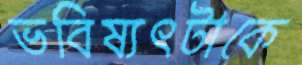
ভবিষ্যৎটাকে